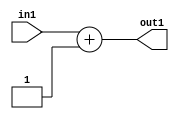
`timescale 1ps / 1ps
/*****************************************************************************
    Verilog RTL Description
    
    
    Created by: Stratus DpOpt 2019.1.01 
*******************************************************************************/

module dut_Add2i1s32_4 (
	in1,
	out1
	); /* architecture "behavioural" */ 
input [31:0] in1;
output [31:0] out1;
wire [31:0] asc001;

assign asc001 = 
	+(in1)
	+(32'B00000000000000000000000000000001);

assign out1 = asc001;
endmodule

/* CADENCE  ubH5Qw0= : u9/ySgnWtBlWxVPRXgAZ4Og= ** DO NOT EDIT THIS LINE ******/